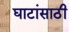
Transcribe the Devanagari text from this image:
घाटांसाठी